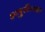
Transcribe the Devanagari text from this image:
शत्रुसैन्यात